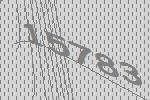
15783